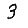
Digit: 3